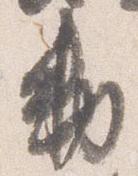
勅